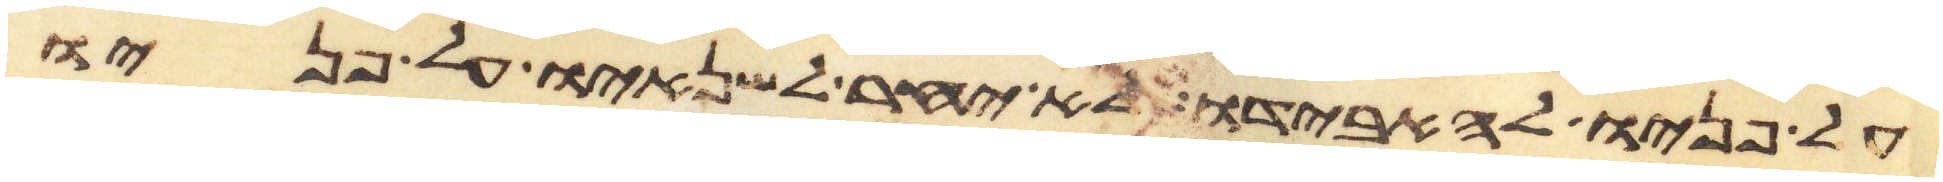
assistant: על פניו להאבידו לא יאחר לשנאיו על פניו